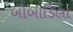
બોબાડિલા